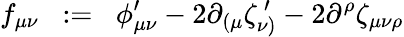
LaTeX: f_{\mu\nu}\; \; :=\; \; \phi_{\mu\nu}^{\prime}-2\partial_{(\mu}\zeta_{\nu)}^{\, \prime}-2\partial^{\rho}\zeta_{\mu\nu\rho}